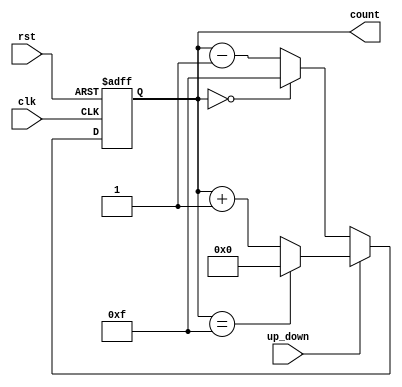
module UpDownCounter (
    input wire clk,             // Clock signal
    input wire rst,             // Asynchronous reset
    input wire up_down,         // Up/Down control signal
    output reg [3:0] count      // 4-bit binary count output
);

    // Parameter defining the maximum count value
    parameter MAX_COUNT = 4'b1111; // 15 in decimal for a 4-bit counter
    parameter MIN_COUNT = 4'b0000; // 0 in decimal

    // Asynchronous reset and counting logic
    always @(posedge clk or posedge rst) begin
        if (rst) begin
            // Reset count to zero
            count <= MIN_COUNT;
        end else begin
            if (up_down) begin
                // Count up
                if (count == MAX_COUNT) begin
                    count <= MIN_COUNT; // Wrap around to 0
                end else begin
                    count <= count + 1;  // Increment count
                end
            end else begin
                // Count down
                if (count == MIN_COUNT) begin
                    count <= MAX_COUNT; // Wrap around to MAX_COUNT
                end else begin
                    count <= count - 1;  // Decrement count
                end
            end
        end
    end

endmodule